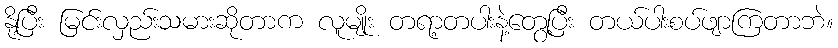
နို့ပြီး မြင်းလှည်းသမားဆိုတာက လူမျိုး တရာ့တပါးနဲ့တွေ့ပြီး တယ်ပါးစပ်ဖျာကြတာဘဲ။